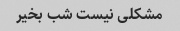
مشکلی نیست شب بخیر